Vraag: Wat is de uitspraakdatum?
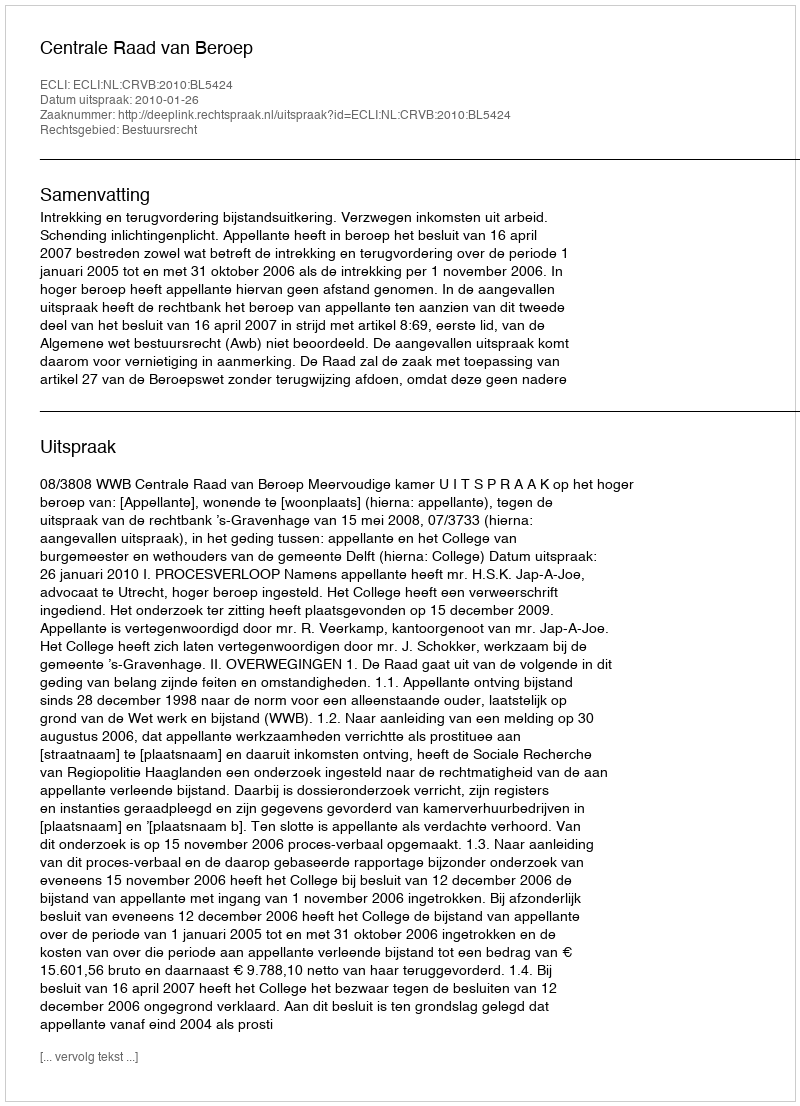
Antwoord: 2010-01-26